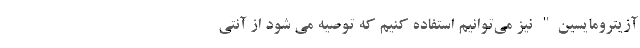
آزیترومایسین" نیز می‌توانیم استفاده کنیم که توصیه می شود از آنتی